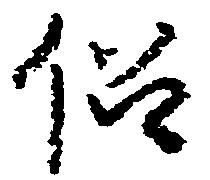
侶